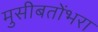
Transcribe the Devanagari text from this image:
मुसीबतोंभरा